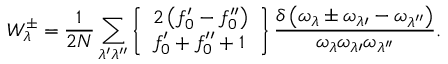
W _ { \lambda } ^ { \pm } = \frac { 1 } { 2 N } \sum _ { \lambda ^ { \prime } \lambda ^ { \prime \prime } } \left\{ \begin{array} { l } { 2 \left( f _ { 0 } ^ { \prime } - f _ { 0 } ^ { \prime \prime } \right) } \\ { f _ { 0 } ^ { \prime } + f _ { 0 } ^ { \prime \prime } + 1 } \end{array} \right\} \frac { \delta \left( \omega _ { \lambda } \pm \omega _ { \lambda \prime } - \omega _ { \lambda ^ { \prime \prime } } \right) } { \omega _ { \lambda } { \omega _ { \lambda \prime } } { \omega _ { \lambda ^ { \prime \prime } } } } .